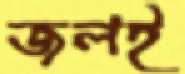
জলই